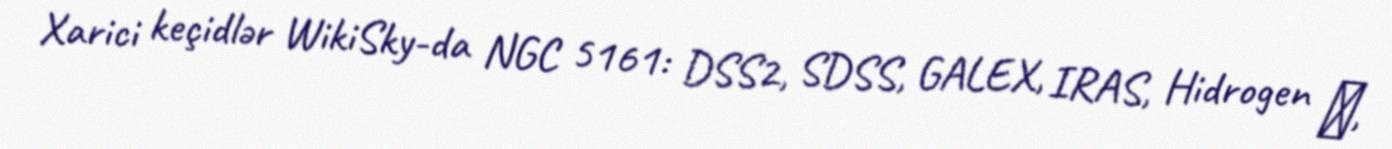
Xarici keçidlər WikiSky-da NGC 5161: DSS2, SDSS, GALEX, IRAS, Hidrogen α,